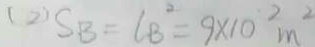
( 2 ) S B = C B ^ { 2 } = 9 \times 1 0 ^ { 2 } m ^ { 2 }